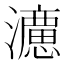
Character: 𭳩